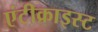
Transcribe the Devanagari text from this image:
एंटीक्राइस्ट